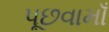
પૂછવામાઁ